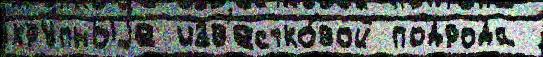
кру́пныjе изв'естко́вой подрода